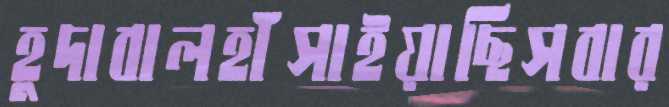
হুদাবালহাঁসাইয়াছিসবার